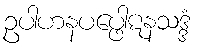
ဥပါဟနပပ္ဖေါဋနသဒ္ဒံ